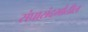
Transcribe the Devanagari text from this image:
संघासंदर्भातील